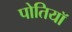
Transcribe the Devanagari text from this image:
पोतियाॅ